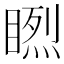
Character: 𥉬